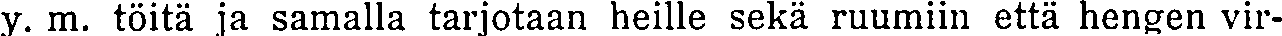
y. m. töitä ja samalla tarjotaan heille sekä ruumiin että hengen vir-